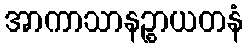
အာကာသာနဉ္စာယတနံ